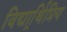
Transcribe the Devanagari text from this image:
विद्यार्र्थिप्रिय